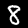
Digit: 8